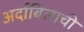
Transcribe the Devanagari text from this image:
अर्दाबिलाची